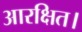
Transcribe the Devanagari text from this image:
आरक्षित।